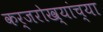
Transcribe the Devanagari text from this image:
कर्जरोख्यांच्या